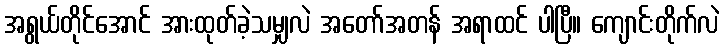
အရွယ်တိုင်အောင် အားထုတ်ခဲ့သမျှလဲ အတော်အတန် အရာထင် ပါပြီ။ ကျောင်းတိုက်လဲ